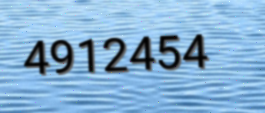
4912454